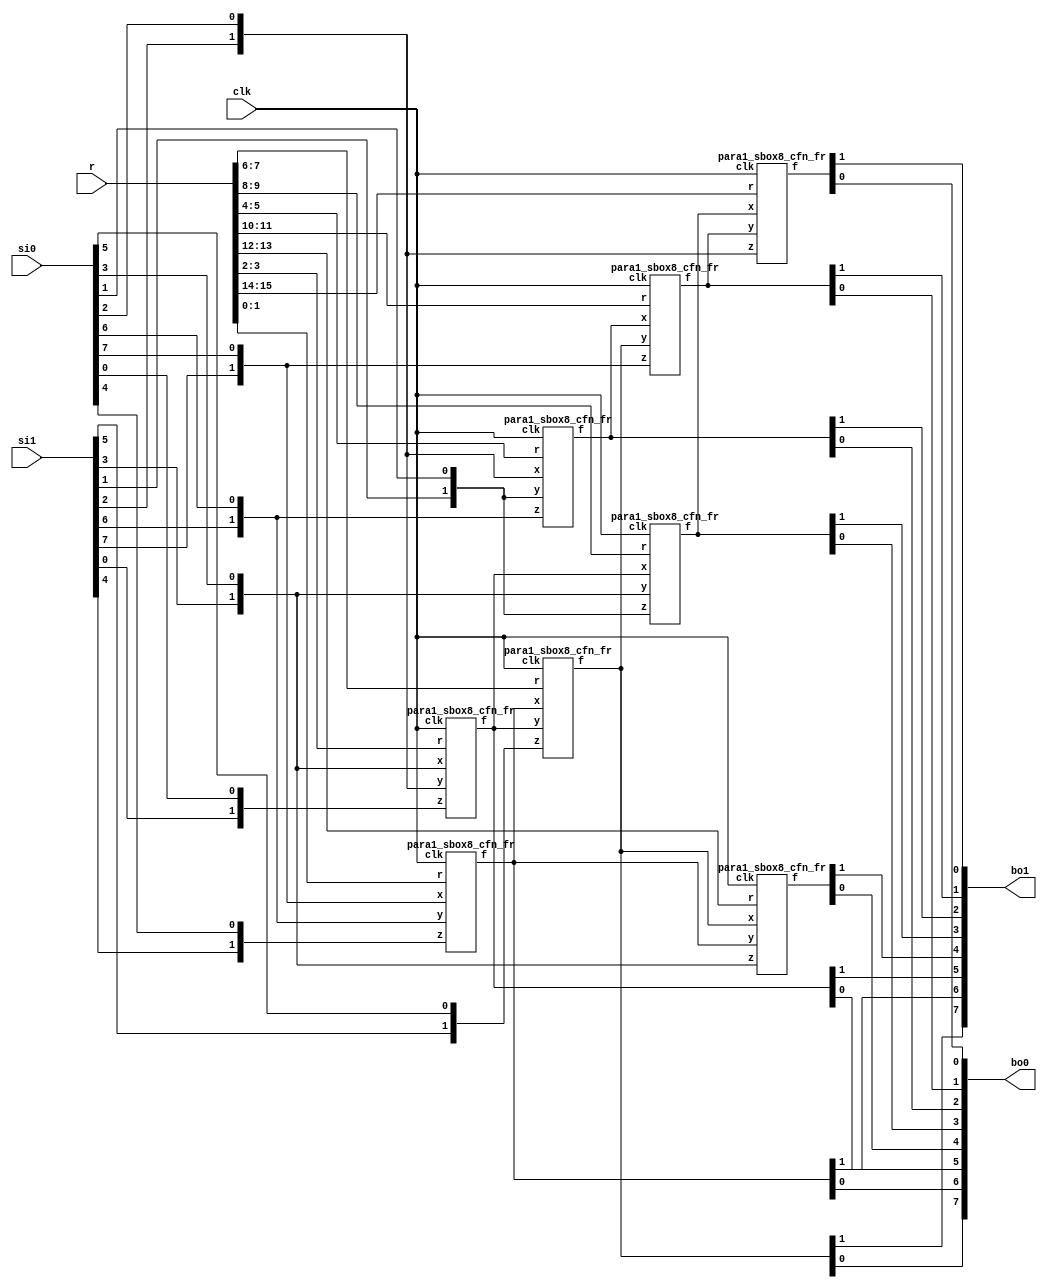
/*
 Designer: Mustafa Khairallah
 Nanyang Technological University
 Singapore
 Date: July, 2021
 */

// The DOM-Indep multiplier based sbox8 with registered
// shares. Takes 4 cycles. Non-pipelined, so the input
// must remain stable for 4 cycles, including the 
// refreshing mask r.
module skinny_sbox8_para1_non_pipelined_de (/*AUTOARG*/
   // Outputs
   bo1, bo0,
   // Inputs
   si1, si0, r, clk
   ) ;
   (*equivalent_register_removal = "no" *)output [7:0] bo1; // share 1
   (*equivalent_register_removal = "no" *)output [7:0] bo0; // share 0

   (*equivalent_register_removal = "no" *)input [7:0] 	si1; // share 1
   (*equivalent_register_removal = "no" *)input [7:0] 	si0; // share 0
   (*equivalent_register_removal = "no" *)input [15:0] r;   // refreshing mask
   (*equivalent_register_removal = "no" *)input        clk;
   
   wire [1:0]   bi7;
   wire [1:0]   bi6;
   wire [1:0]   bi5;
   wire [1:0]   bi4;
   wire [1:0]   bi3;
   wire [1:0]   bi2;
   wire [1:0]   bi1;
   wire [1:0]   bi0;

   wire [1:0]   a7;
   wire [1:0]   a6;
   wire [1:0]   a5;
   wire [1:0]   a4;
   wire [1:0]   a3;
   wire [1:0]   a2;
   wire [1:0]   a1;
   wire [1:0]   a0;
 
   assign bi0 = {si1[0],si0[0]};
   assign bi1 = {si1[1],si0[1]};
   assign bi2 = {si1[2],si0[2]};
   assign bi3 = {si1[3],si0[3]};
   assign bi4 = {si1[4],si0[4]};
   assign bi5 = {si1[5],si0[5]};
   assign bi6 = {si1[6],si0[6]};
   assign bi7 = {si1[7],si0[7]};
   
   (*equivalent_register_removal = "no" *)para1_sbox8_cfn_fr b764 (a0,bi7,bi6,bi4,r[ 1: 0],clk);
   (*equivalent_register_removal = "no" *)para1_sbox8_cfn_fr b320 (a1,bi3,bi2,bi0,r[ 3: 2],clk);
   (*equivalent_register_removal = "no" *)para1_sbox8_cfn_fr b216 (a2,bi2,bi1,bi6,r[ 5: 4],clk);
   (*equivalent_register_removal = "no" *)para1_sbox8_cfn_fr b015 (a3,a0, a1, bi5,r[ 7: 6],clk);
   (*equivalent_register_removal = "no" *)para1_sbox8_cfn_fr b131 (a4,a1, bi3,bi1,r[ 9: 8],clk);
   (*equivalent_register_removal = "no" *)para1_sbox8_cfn_fr b237 (a5,a2, a3, bi7,r[11:10],clk);
   (*equivalent_register_removal = "no" *)para1_sbox8_cfn_fr b303 (a6,a3, a0, bi3,r[13:12],clk);
   (*equivalent_register_removal = "no" *)para1_sbox8_cfn_fr b422 (a7,a4, a5, bi2,r[15:14],clk);

   assign {bo1[6],bo0[6]} = a0;
   assign {bo1[5],bo0[5]} = a1;
   assign {bo1[2],bo0[2]} = a2;
   assign {bo1[7],bo0[7]} = a3;
   assign {bo1[3],bo0[3]} = a4;
   assign {bo1[1],bo0[1]} = a5;
   assign {bo1[4],bo0[4]} = a6;
   assign {bo1[0],bo0[0]} = a7;
   
endmodule // skinny_sbox8_dom1_non_pipelined

module para1_sbox8_cfn_fr (/*AUTOARG*/
   // Outputs
   f,
   // Inputs
   x, y, z, r, clk
   ) ;
   (*equivalent_register_removal = "no" *)output [1:0]        f;
   (*equivalent_register_removal = "no" *)input [1:0]         x, y, z;
   (*equivalent_register_removal = "no" *)input [1:0] 	       r;
   (*equivalent_register_removal = "no" *)input 	       clk;

   (*equivalent_register_removal = "no" *)reg [1:0]    g, t;
   always @ (negedge clk) begin
      g[1] <= ((~x[1]) & (~y[1])) ^ r[1];
      g[0] <= (  x[0]  &   y[0] ) ^ r[0];            
   end
   always @ (posedge clk) begin
      t[1] <= ((~x[1]) &  y[0] ) ^ r[0] ^ g[1] ^ z[0];
      t[0] <= ((~y[1]) &  x[0] ) ^ r[1] ^ g[0] ^ z[1];      
   end

   assign f[0] = t[0];
   assign f[1] = t[1];

endmodule // dom1_sbox8_cfn_fr